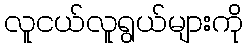
လူငယ်လူရွယ်များကို